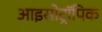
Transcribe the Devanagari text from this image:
आइसोट्रॉपिक